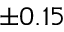
\pm 0 . 1 5